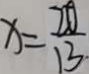
x = \frac { 2 0 } { 1 3 }